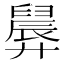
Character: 𪪸